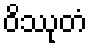
ဝိဿုတံ